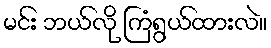
မင်း ဘယ်လို ကြံရွယ်ထားလဲ။